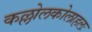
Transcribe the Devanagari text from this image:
कल्लोलकोलाहलः